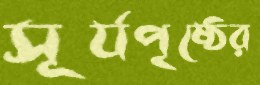
সূর্যপৃষ্ঠের